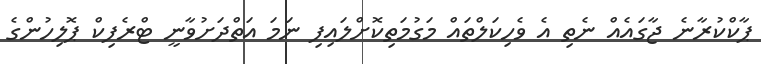
ޕާކްކުރާނެ ޖާގައެއް ނެތި އެ ވެހިކަލްތައް މަގުމަތިކޮށްލައިފި ނަމަ އަތްދަށުވާނީ ޓްރެފިކް ޕޮލިހުންގެ